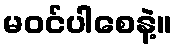
မဝင်ပါစေနဲ့။